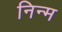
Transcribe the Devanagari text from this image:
निन्‍म